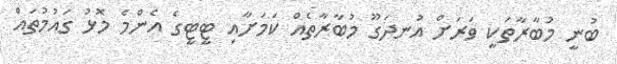
ބުނީ މުބާރާތަކީ ވަރަށް އުނދަގޫ މުބާރާތެއް ކަމަށާއި ޓީޓީގެ އެންމެ މޮޅު ގައުމުތައް